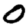
Digit: 0